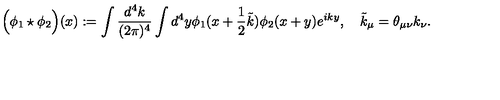
\Big ( \phi _ { 1 } \star \phi _ { 2 } \Big ) ( x ) : = \int \frac { d ^ { 4 } k } { ( 2 \pi ) ^ { 4 } } \int d ^ { 4 } y \phi _ { 1 } ( x + \frac 1 2 \tilde { k } ) \phi _ { 2 } ( x + y ) e ^ { i k y } , \quad \tilde { k } _ { \mu } = \theta _ { \mu \nu } k _ { \nu } .